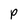
Character: p